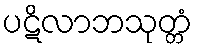
ပဋိလာဘသုတ္တံ